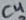
Text: C4